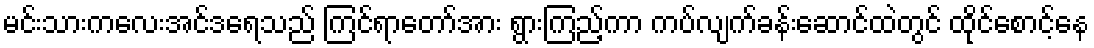
မင်းသားကလေးအင်ဒရေသည် ကြင်ရာတော်အား ရွားကြည့်ကာ ကပ်လျက်ခန်းဆောင်ထဲတွင် ထိုင်စောင့်နေ